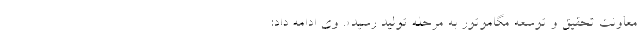
معاونت تحقیق و توسعه مگاموتور به مرحله تولید رسید». وي ادامه داد: